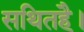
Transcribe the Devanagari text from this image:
सथितहै।